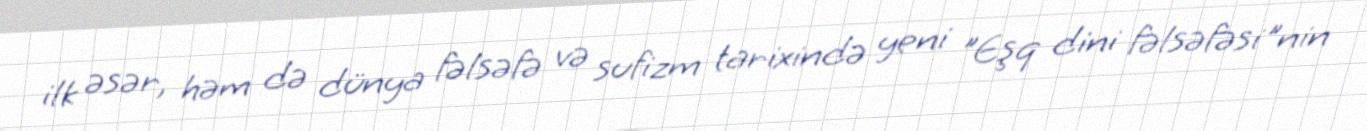
ilk əsər, həm də dünya fəlsəfə və sufizm tarixində yeni "Eşq dini fəlsəfəsi"nin